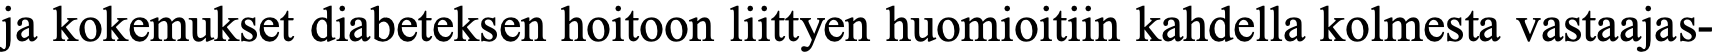
ja kokemukset diabeteksen hoitoon liittyen huomioitiin kahdella kolmesta vastaajas-